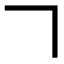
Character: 𠃍